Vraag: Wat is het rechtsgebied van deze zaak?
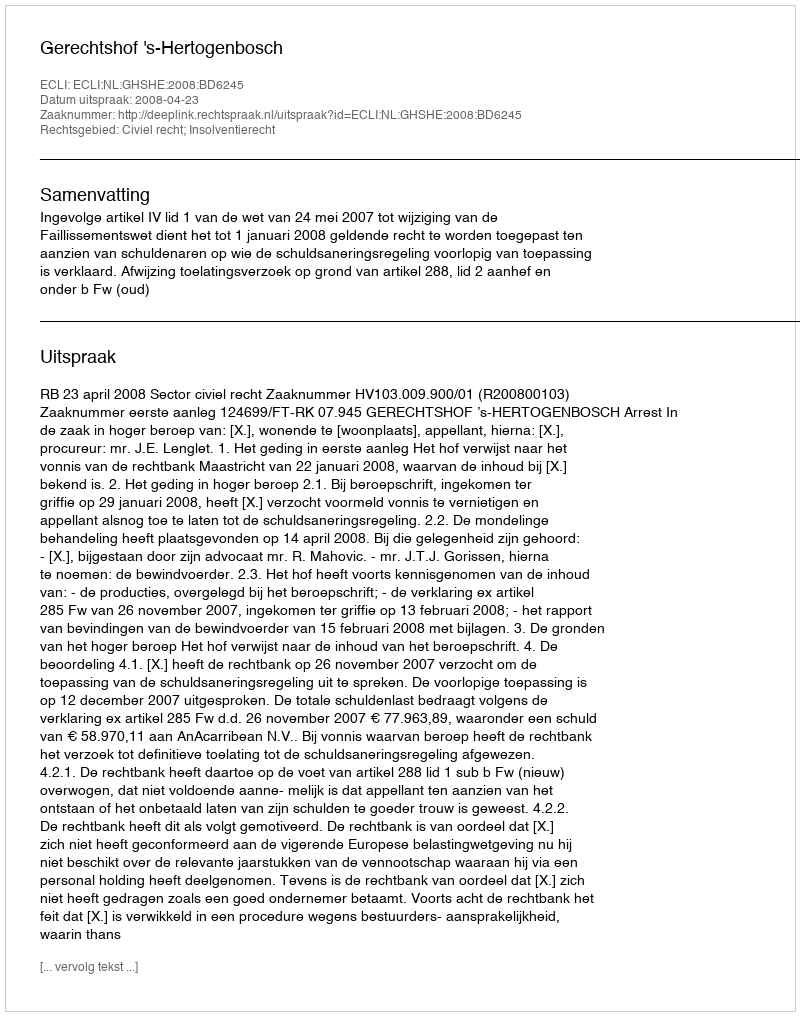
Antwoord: Civiel recht; Insolventierecht